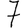
Digit: 7